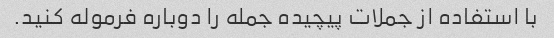
با استفاده از جملات پیچیده جمله را دوباره فرموله کنید.